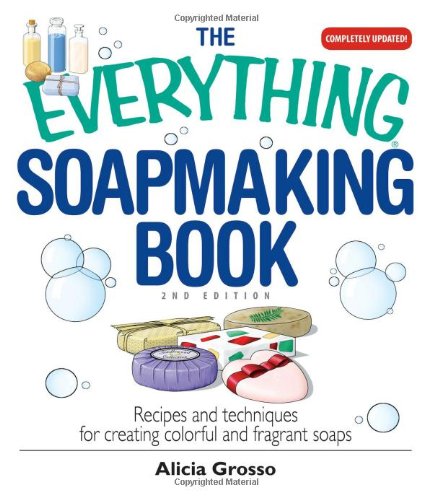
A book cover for The Everything Soapmaking Book: Recipes and Techniques for Creating Colorful and Fragrant Soaps; Alicia Grosso; Crafts, Hobbies & Home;